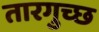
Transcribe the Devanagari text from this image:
तारगुच्छ